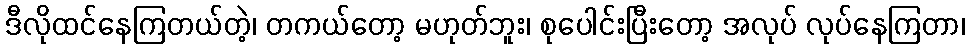
ဒီလိုထင်နေကြတယ်တဲ့၊ တကယ်တော့ မဟုတ်ဘူး၊ စုပေါင်းပြီးတော့ အလုပ် လုပ်နေကြတာ၊